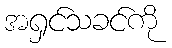
အရှင်သခင်ကို